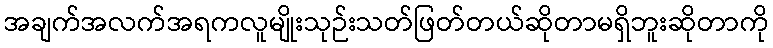
အချက်အလက်အရကလူမျိုးသုဉ်းသတ်ဖြတ်တယ်ဆိုတာမရှိဘူးဆိုတာကို